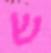
ש